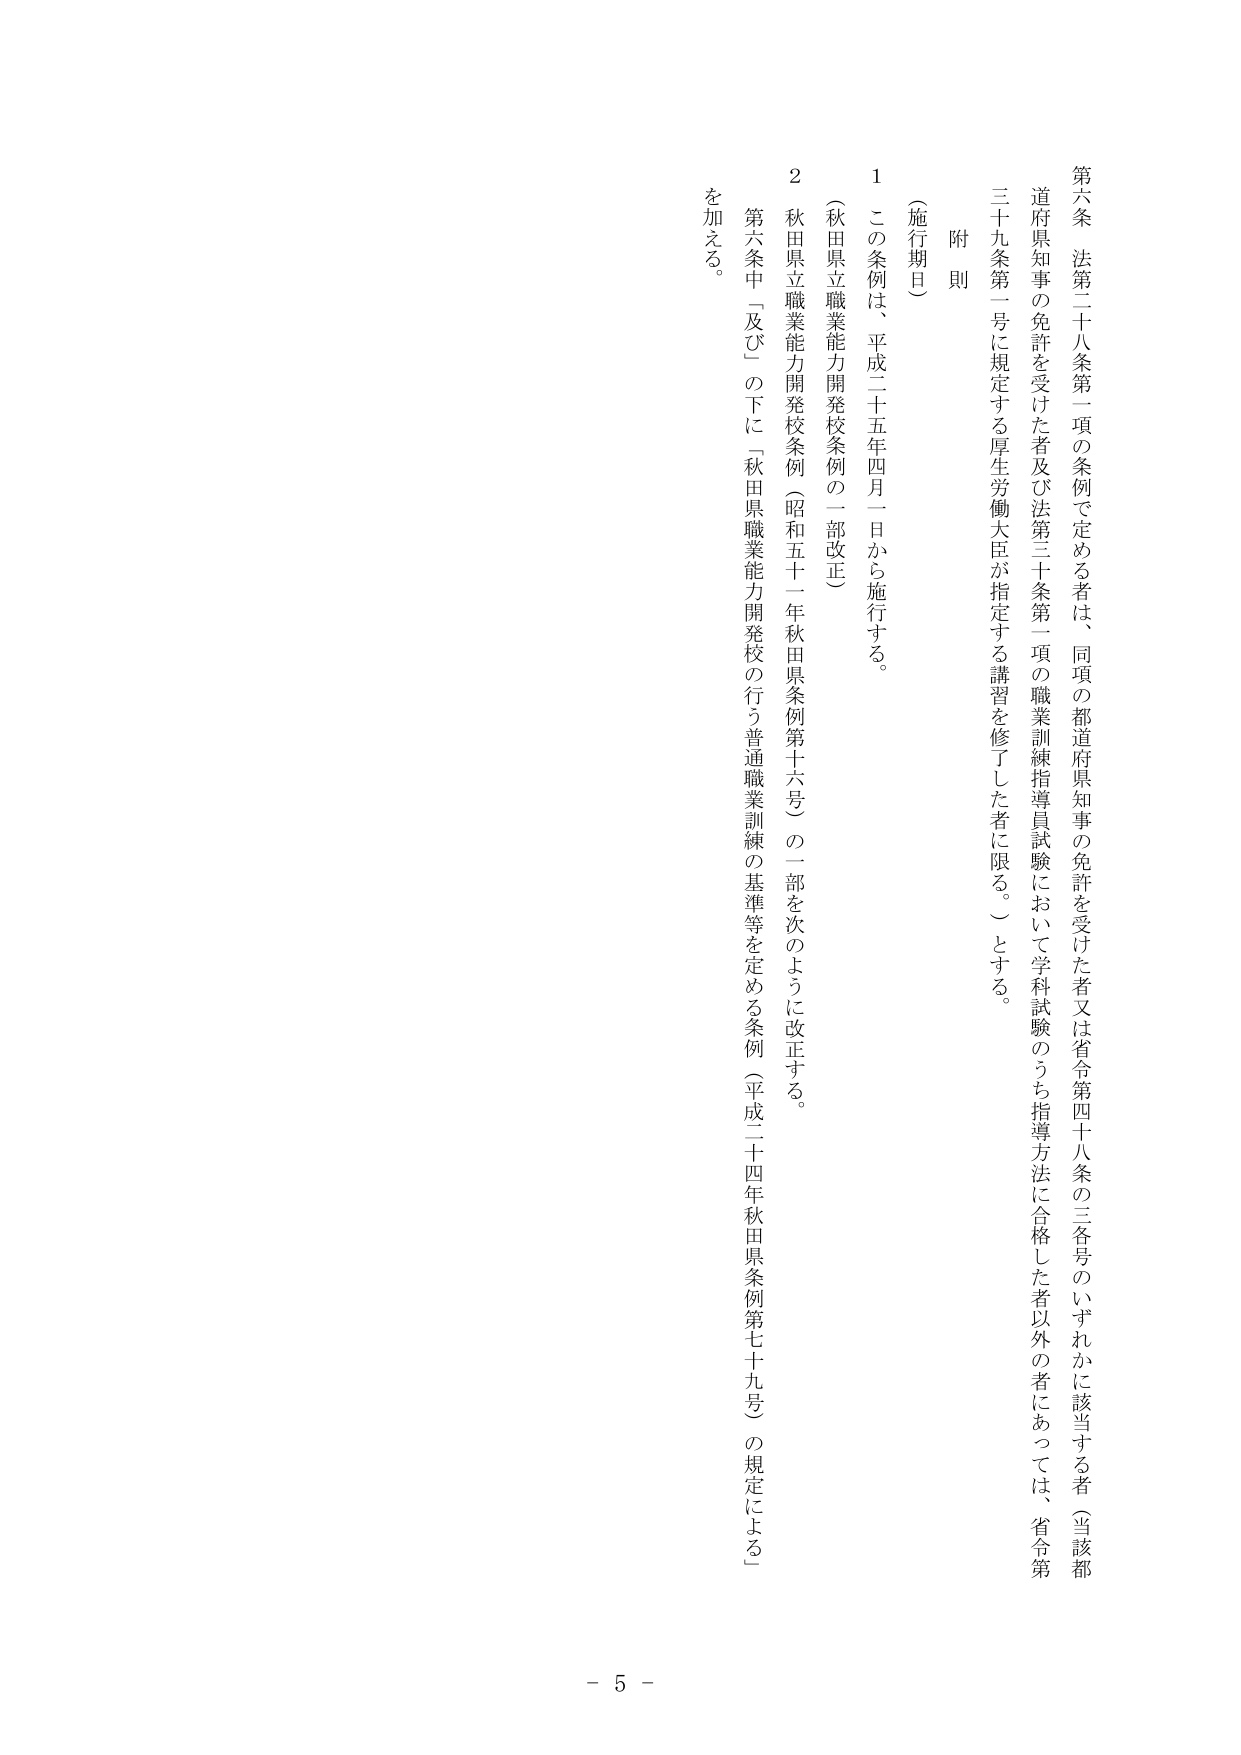
第六条 法第二十八条第一項の条例で定める者は、同項の都道府県知事の免許を受けた者又は省令第四十八条の三各号のいずれかに該当する者（当該都道府県知事の免許を受けた者及び法第三十条第一項の職業訓練指導員試験において学科試験のうち指導方法に合格した者以外の者にあつては、省令第三十九条第一号に規定する厚生労働大臣が指定する講習を修了した者に限る。）とする。

附則

（施行期日）

１ この条例は、平成二十五年四月一日から施行する。

（秋田県立職業能力開発校条例の一部改正）

２ 秋田県立職業能力開発校条例（昭和五十一年秋田県条例第十六号）の一部を次のように改正する。

　第六条中「及び」の下に「秋田県職業能力開発校の行う普通職業訓練の基準等を定める条例（平成二十四年秋田県条例第七十九号）の規定による」を加える。

- 5 -